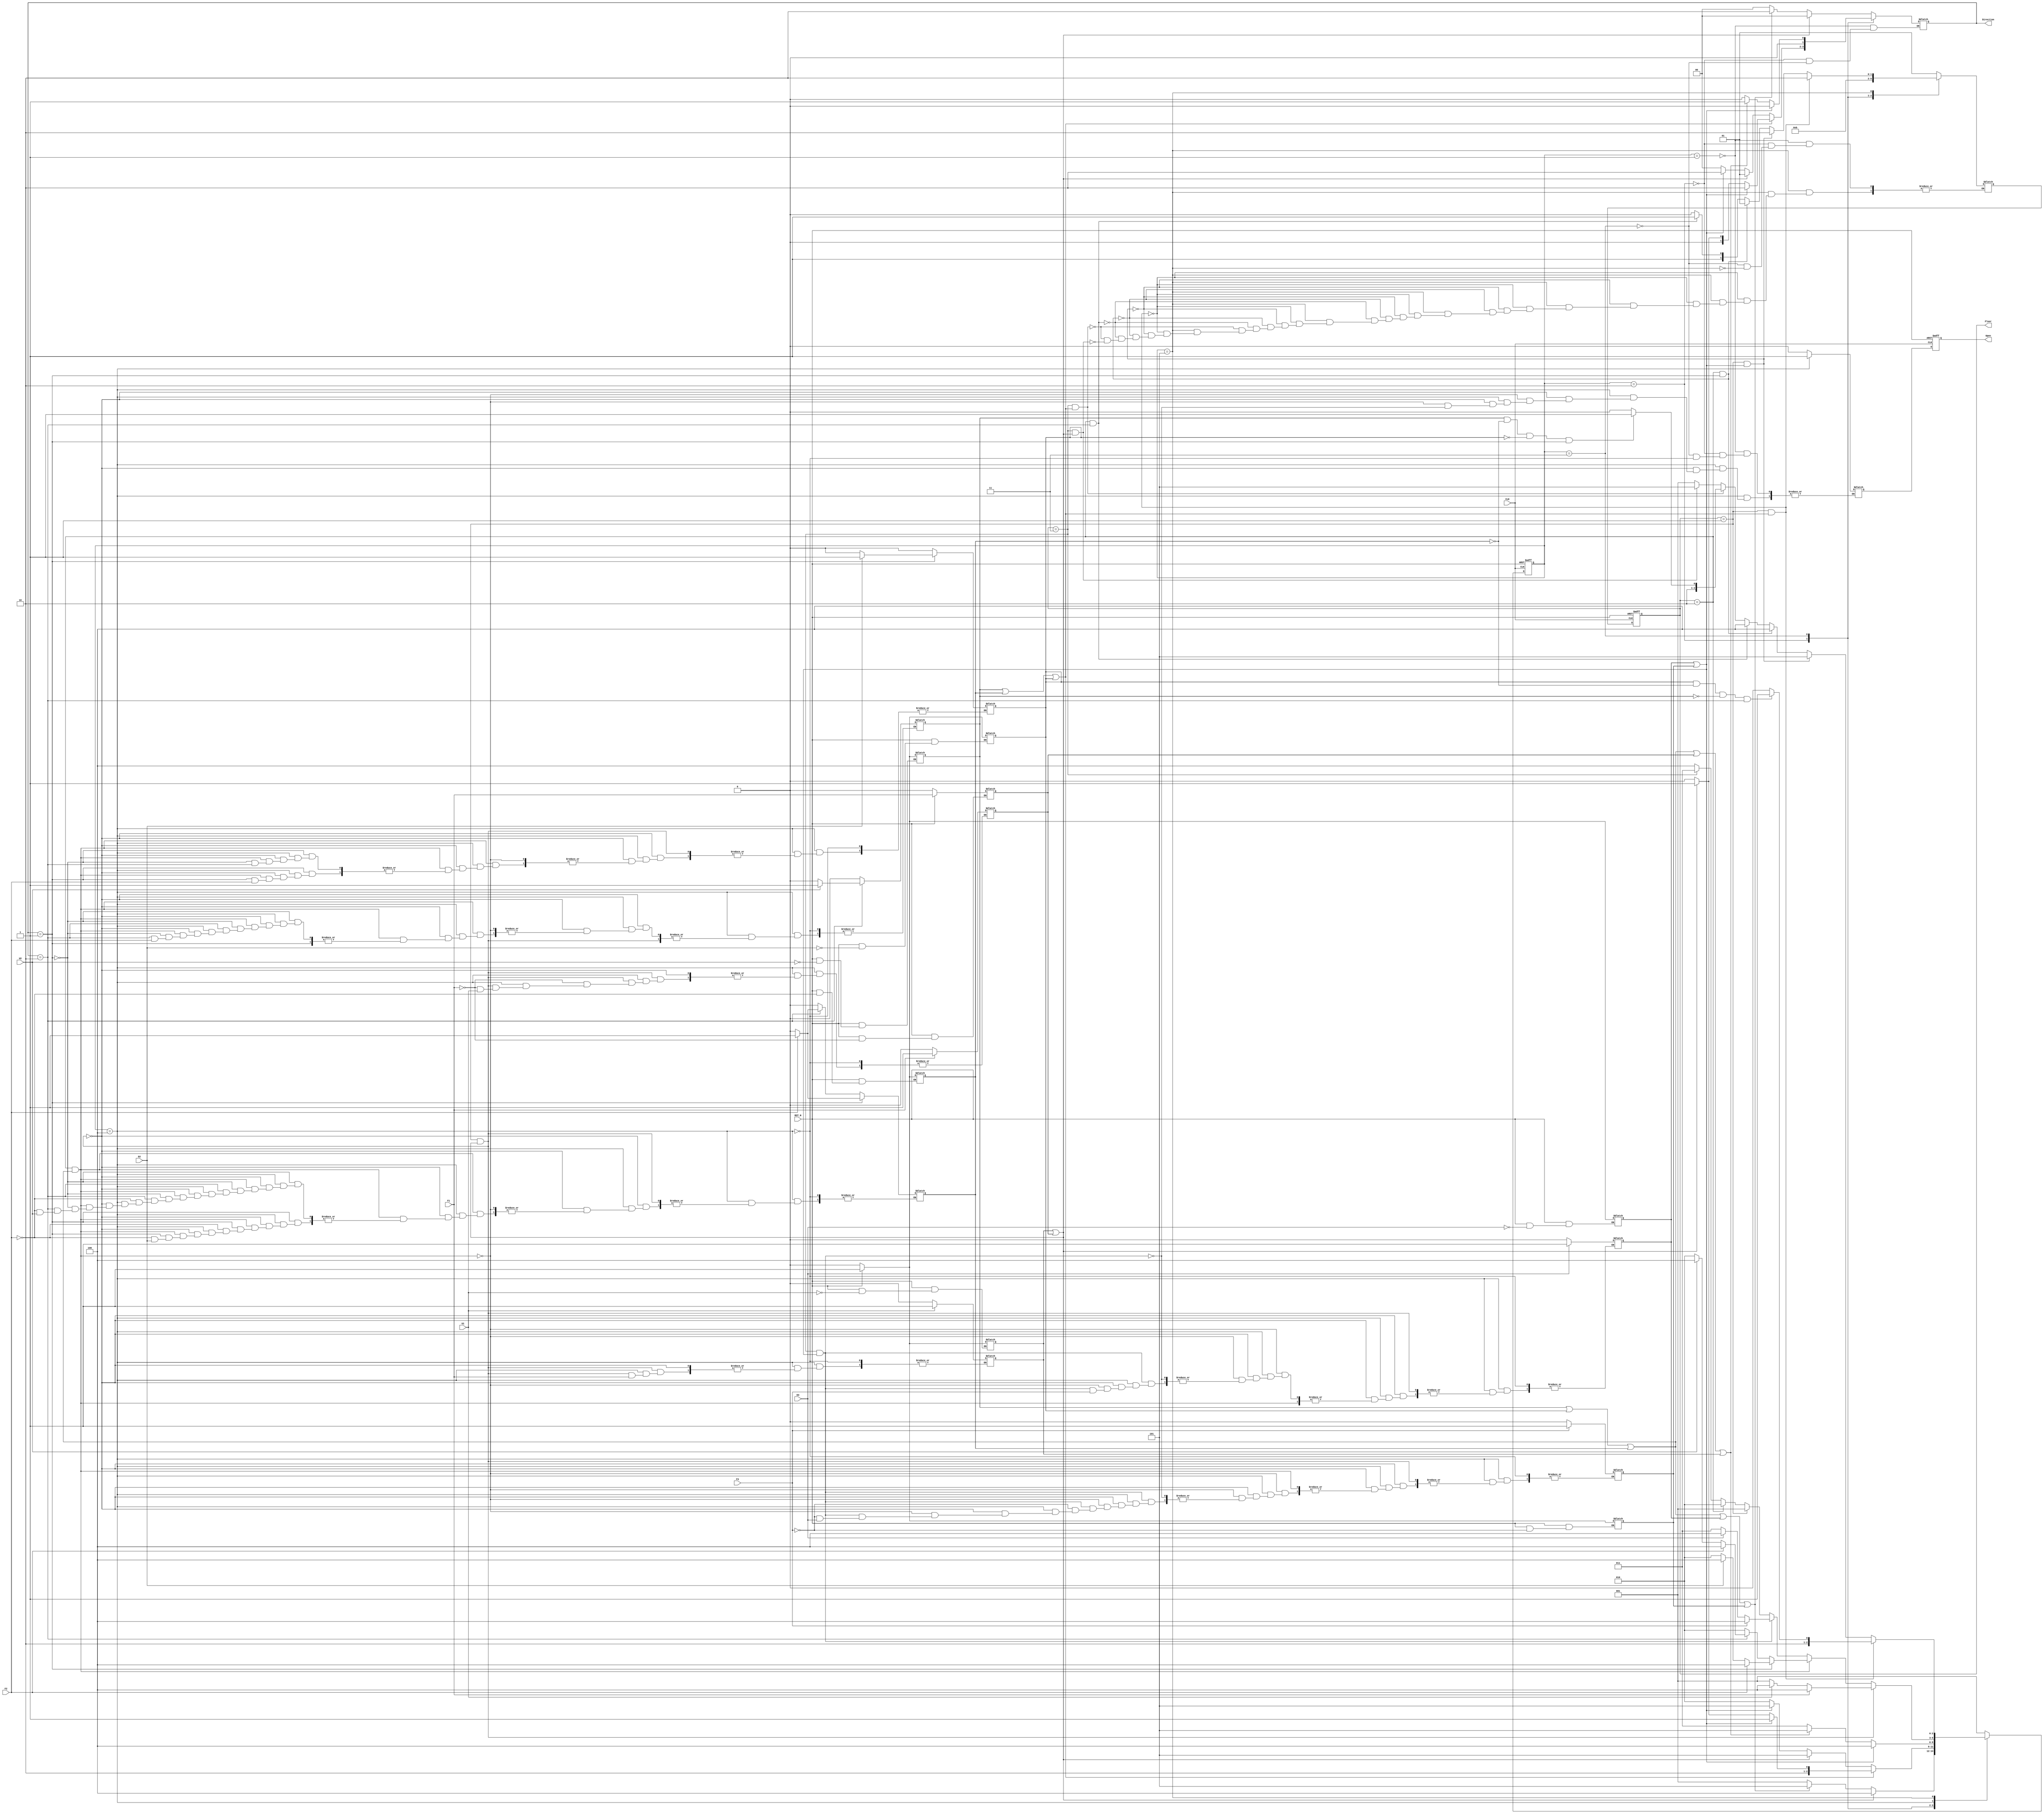
module ELEVATOR (
	input wire CLK,
	input wire RST_N,
	input wire U1, U2, D2, D3, F1, F2, F3,
	output reg Open,
	output reg [1:0] Floor,
	output reg [1:0] Direction
);
// add comment

reg Open_next;
reg U1_btn, U2_btn, D2_btn, D3_btn, F1_btn, F2_btn, F3_btn;
reg [2:0] state, state_next;
reg [1:0] Floor_next;

parameter [2:0] IDLE_F1 = 3'b001;
parameter [2:0] IDLE_F2 = 3'b010;
parameter [2:0] IDLE_F3 = 3'b011;
parameter [2:0] ARRIVE = 3'b100;
parameter [2:0] MOVE = 3'b101;

always @* begin
	if (!RST_N) begin
		F1_btn = 0;
		F2_btn = 0;
		F3_btn = 0;
		U1_btn = 0;
		U2_btn = 0;
		D2_btn = 0;
		D3_btn = 0;
	end else begin
		if (F1 == 1) begin
			F1_btn = F1;
		end 
		if (F2 == 1) begin
			F2_btn = 1;
		end 
		if (F3 == 1) begin
			F3_btn = 1;
		end 
		if (U1 == 1) begin
			U1_btn = 1;
		end 
		if (U2 == 1) begin
			U2_btn = 1;
		end 
		if (D2 == 1) begin
			D2_btn = 1;
		end 
		if (D3 == 1) begin
			D3_btn = 1;
		end
	end
end

// FSM: State register
// D-FF with clk, so using 'Nonblocking'
always @(posedge CLK or negedge RST_N) begin
	if (RST_N == 0) begin
		state <= IDLE_F1;
		Floor <= 2'b01;
		Open <= 0;
	end else begin
		state <= state_next;
		Floor <= Floor_next;
		Open <= Open_next;
	end
end

// FSM: Next State Logic
// combinational so using 'blocking'
always @* begin
//always @(posedge CLK or negedge RST_N) begin
	case (state)
		IDLE_F1: begin
			Open_next = 0;
			Floor_next = 2'b01; // current floor
			if (U1_btn || F1_btn) begin
				Direction = 2'b00; // hold
				state_next = ARRIVE;
			end else if (U2_btn || D2_btn || F2_btn || D3_btn || F3_btn) begin
				Direction = 2'b10; //up
				state_next = MOVE;
			end else begin
				Open_next = 0;
				Direction = 2'b00; //hold
				state_next = IDLE_F1;
			end
		end

		IDLE_F2: begin
			Open_next = 0;
			Floor_next = 2'b10; // current floor
			if (U2_btn || F2_btn || D2_btn) begin
				//Open_next = 1;
				if (D3_btn || F3_btn) begin
					Direction = 2'b10;
					state_next = MOVE;
				end else if (U1_btn || F1_btn) begin
					Direction = 2'b01;
					state_next = MOVE;
				end else begin
					Direction = 2'b00; // hold
					state_next = ARRIVE;
				end
			end else if (U1_btn || F1_btn) begin
				Direction = 2'b01; //down
				state_next = MOVE;
			end else if (D3_btn || F3_btn) begin
				Direction = 2'b10; //up
				state_next = MOVE;
			end else begin
				Direction = 2'b00;
				state_next = IDLE_F2;
			end
		end

		IDLE_F3: begin
			Open_next = 0;
			Floor_next = 2'b11; // current floor
			if (D3_btn || F3_btn) begin
				//Open_next = 1;
				Direction = 2'b00; // hold
				state_next = ARRIVE;
			end else if (U2_btn || D2_btn || F2_btn || F1_btn || U1_btn) begin
				Direction = 2'b01; //down
				state_next = MOVE;
			end else begin
				Direction = 2'b00;
				state_next = IDLE_F3;
			end
		end

		ARRIVE: begin
			//Open = 0;
			if (Floor == 2'b01 && (U1_btn || F1_btn)) begin
				Open_next = 1;
				if (F1) begin
					F1_btn = 1;
					state_next = ARRIVE;
				end else if (U1) begin
					U1_btn = 1;
					state_next = ARRIVE;
				end else begin
					F1_btn = 0; U1_btn = 0;
					state_next = IDLE_F1;
				end
			end else if (Floor == 2'b10 && (U2_btn || D2_btn || F2_btn)) begin
				Open_next = 1;
				if (Direction == 2'b01) begin
					if (F2) begin
						F2_btn = 1;
						state_next = ARRIVE;
					end else if (D2) begin
						D2_btn = 1;
						state_next = ARRIVE;
					end else begin
						F2_btn = 0; D2_btn = 0;
						state_next = IDLE_F2;
					end
				end else if (Direction == 2'b10) begin
					if (F2) begin
						F2_btn = 1;
						state_next = ARRIVE;
					end else if (U2) begin
						U2_btn = 1;
						state_next = ARRIVE;
					end else begin
						F2_btn = 0; U2_btn = 0;
						state_next = IDLE_F2;
					end
				end else begin
					F2_btn = 0; D2_btn = 0; U2_btn = 0;
					state_next = IDLE_F2;
				end
			end else if (Floor == 2'b11 && (D3_btn || F3_btn)) begin
				Open_next = 1;
				if (F3) begin
					F3_btn = 1;
					state_next = ARRIVE;
				end else if (D3) begin
					D3_btn = 1;
					state_next = ARRIVE;
				end else begin
					F3_btn = 0; D3_btn = 0;
					state_next = IDLE_F3;
				end

			end else begin
				if (Floor == 2'b01) begin
					state_next = IDLE_F1;
				end else if (Floor == 2'b10) begin
					state_next = IDLE_F2;
				end else if (Floor == 2'b11) begin
					state_next = IDLE_F3;
				end else begin
					state_next = ARRIVE;
				end
			end
		end

		MOVE: begin
			// if from 1F to 2F, 3F
			if (Floor == 2'b01 && (U2_btn || F2_btn || D2_btn)) begin
				// 1F to 2F, Direction must be up
				Floor_next = 2'b10; // move elevator from 1F to 2F
				//Open_next = 1;
				state_next = ARRIVE;
				// solve: F1_btn, D2_btn, F3_btn press at same time
				if (D2_btn && !F2_btn && !U2_btn && Direction == 2'b10) begin
					// Not yet to destination
					state_next = MOVE;
				end
			end else if (Floor == 2'b01 && (D3_btn || F3_btn)) begin
				// 1F to 3F
				// Not yet to destination
				Floor_next = 2'b10; // move elevator from 1F to 2F
				state_next = MOVE; // still not ARRIVE to 3F
			// if from 2F to 1F, 3F
			end else if (Floor == 2'b10 && Direction == 2'b01) begin
				Floor_next = 2'b01; // move elevator from 2F to 1F
				//Open_next = 1; // and then open the door on 1F
				state_next = ARRIVE;
			end else if (Floor == 2'b10 && Direction == 2'b10) begin
				Floor_next = 2'b11; // move elevator from 2F to 3F
				//Open_next = 1; // and then open the door on 3F
				state_next = ARRIVE;
			// if from 3F to 2F, 1F, Direction must be down
			end else if (Floor == 2'b11 && (U2_btn || F2_btn || D2_btn)) begin
				Floor_next = 2'b10; // move elevator from 3F to 2F
				//Open_next = 1; // and then open the door on 2F
				state_next = ARRIVE;
				// solve: F1_btn, D2_btn, F3_btn press at same time
				if (U2_btn && !F2_btn && !D2_btn && Direction == 2'b01) begin
					// Not yet to destination
					state_next = MOVE;
				end
			end else if (Floor == 2'b11 && (F1_btn || U1_btn)) begin
				// 3F to 1F
				// Not yet to destination
				Floor_next = 2'b10; // move elevator from 3F to 2F
				state_next = MOVE; // still not ARRIVE to 1F
				//state_next = IDLE_F2;
			end else begin
				state_next = IDLE_F1;
			end
		end

		default: begin
			state_next = IDLE_F1;
		end

	endcase
end
endmodule